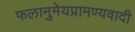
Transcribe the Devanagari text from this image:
फलानुमेयप्रामण्यवादी